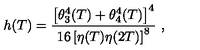
h ( T ) = \frac { \left[ \theta _ { 3 } ^ { 4 } ( T ) + \theta _ { 4 } ^ { 4 } ( T ) \right] ^ { 4 } } { 1 6 \left[ \eta ( T ) \eta ( 2 T ) \right] ^ { 8 } } \ ,